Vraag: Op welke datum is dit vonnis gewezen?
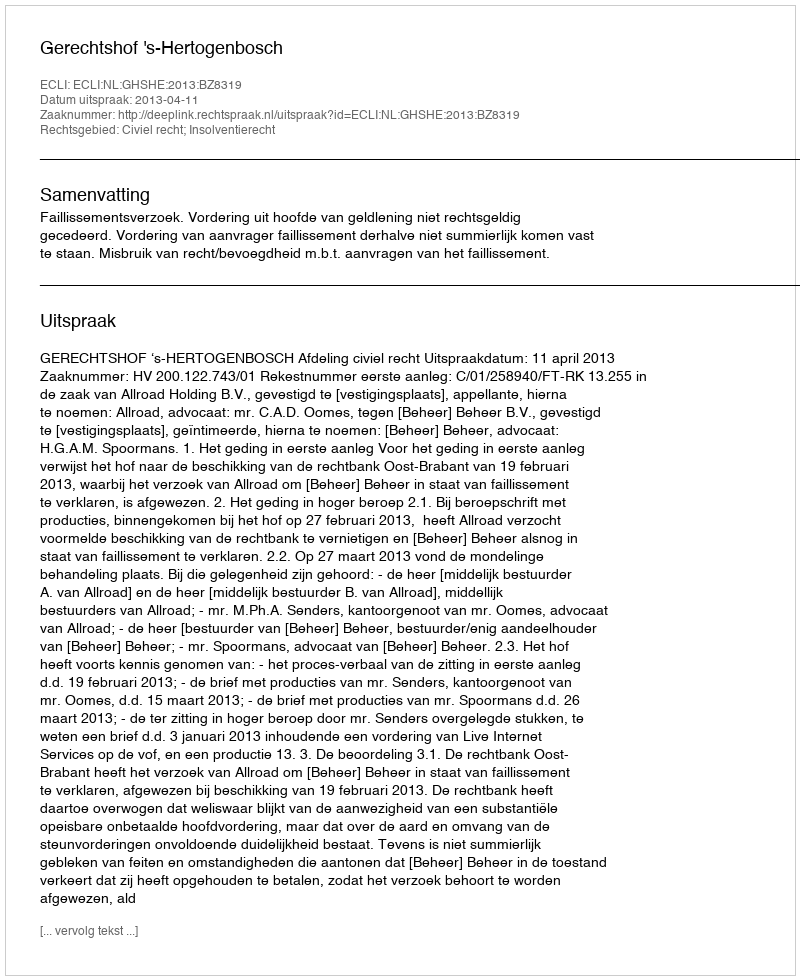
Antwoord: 2013-04-11